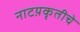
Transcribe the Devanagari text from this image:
नाटय़कृतीचे